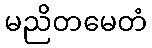
မညိတမေတံ